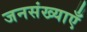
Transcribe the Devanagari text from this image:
जनसंख्याएँ